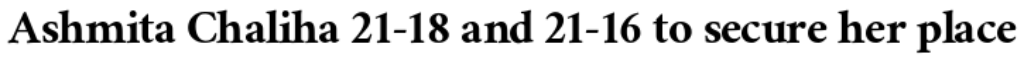
Ashmita Chaliha 21-18 and 21-16 to secure her place